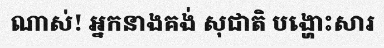
ណាស់! អ្នកនាងគង់ សុជាតិ បង្ហោះសារ